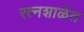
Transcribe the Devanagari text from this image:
रत्नशाळेत